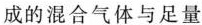
成的混合气体与足量